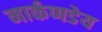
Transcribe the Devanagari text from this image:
मार्कणडेय